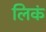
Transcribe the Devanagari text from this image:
लिकं